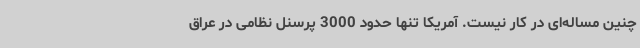
چنین مساله‌ای در کار نیست. آمریکا تنها حدود 3000 پرسنل نظامی در عراق